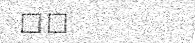
٣٩